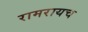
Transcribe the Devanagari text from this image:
रामरायच